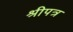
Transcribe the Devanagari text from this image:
श्रीपत्र